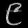
Digit: ၉